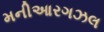
મનીઆરગઝલ